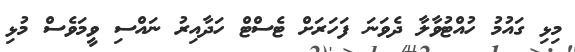
މިޅި ގައުމު ހުއްޓުވާލާ ދެވަނަ ފަހަރަށް ޓެސްޓް ހަދާއިރު ނައްސި ވީމަވެސް މުޅި